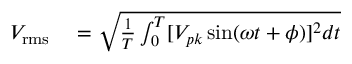
\begin{array} { r l } { V _ { \mathrm { r m s } } } & { { } = { \sqrt { { \frac { 1 } { T } } \int _ { 0 } ^ { T } [ { V _ { p k } \sin ( \omega t + \phi ) ] ^ { 2 } d t } } } } \end{array}